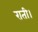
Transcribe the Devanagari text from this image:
राती।